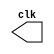
// ------------------------- 
// Exemplo0041 - Clock
// Nome: Ana Cristina Pereira Teixeira
// -------------------------

// --------------------------- 
// -- test clock generator (1) 
// --------------------------- 

// ------------------------- module clock
   module clock ( clk ); 
     output clk; 
     reg clk; 
 
    initial begin 
      clk = 1'b0; 
    end 
	  
    always begin 
 #12 clk = ~clk; 
     end 

  endmodule // clock ( ) 
  
// ------------------------- module Exemplo0041  
  
   module Exemplo0041; 
     wire clk; 
     clock CLK1 ( clk ); 

    initial begin 
      $dumpfile ( "Exemplo0041.vcd" ); 
      $dumpvars; 
 #120 $finish; 
    end
	   
  endmodule // Exemplo041 ( )